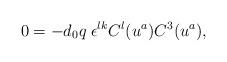
LaTeX: \begin{align*}0 = - d_0 q \;\epsilon^{lk} C^{l}(u^a) C^{3}(u^a),\end{align*}